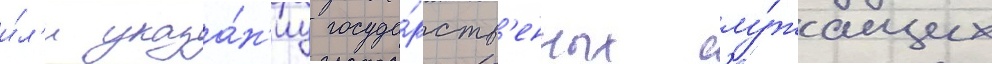
и́л'и указа́н'иу госуда́рств'енных слу́жащих